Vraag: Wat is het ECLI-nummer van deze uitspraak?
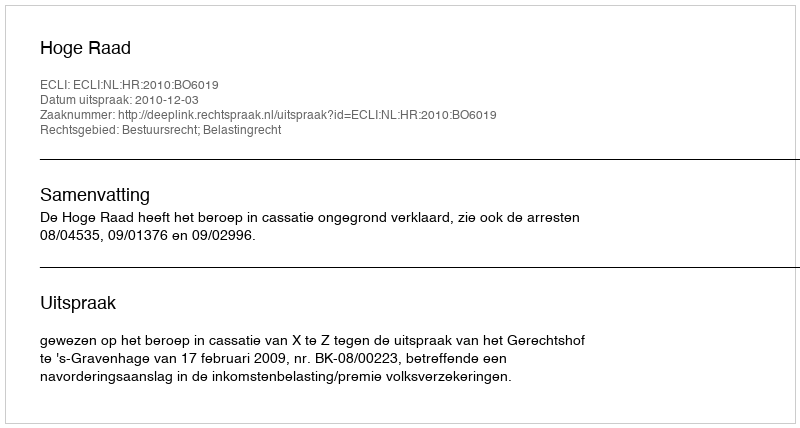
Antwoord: ECLI:NL:HR:2010:BO6019